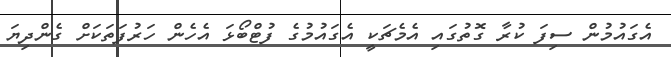
އެގައުމުން ސިފަ ކުރާ ގޮތުގައި އެމެޗަކީ އެގައުމުގެ ފުޓްބޯޅަ އެހެން ހަރުފަތަކަށް ގެންދިޔަ